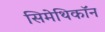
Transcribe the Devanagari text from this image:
सिमेथिकॉन